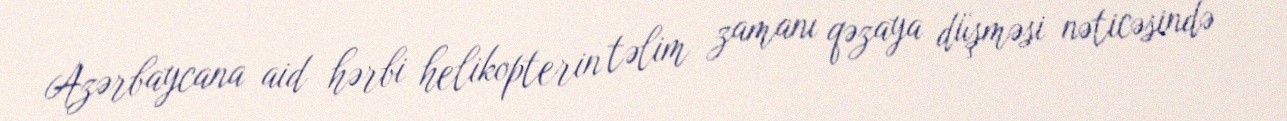
Azərbaycana aid hərbi helikopterin təlim zamanı qəzaya düşməsi nəticəsində